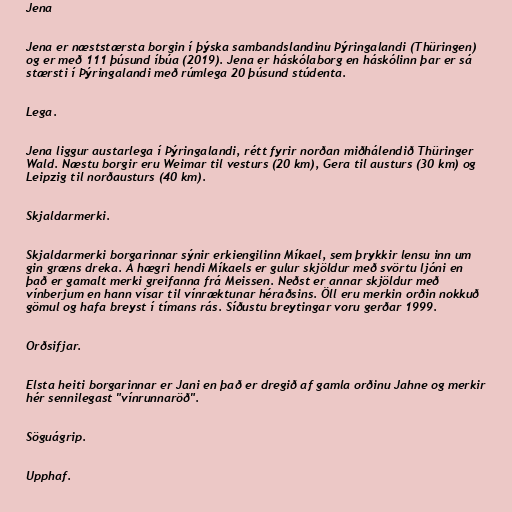
Jena

Jena er næststærsta borgin í þýska sambandslandinu Þýringalandi (Thüringen)
og er með 111 þúsund íbúa (2019). Jena er háskólaborg en háskólinn þar er sá
stærsti í Þýringalandi með rúmlega 20 þúsund stúdenta.

Lega.

Jena liggur austarlega í Þýringalandi, rétt fyrir norðan miðhálendið Thüringer
Wald. Næstu borgir eru Weimar til vesturs (20 km), Gera til austurs (30 km) og
Leipzig til norðausturs (40 km).

Skjaldarmerki.

Skjaldarmerki borgarinnar sýnir erkiengilinn Míkael, sem þrykkir lensu inn um
gin græns dreka. Á hægri hendi Míkaels er gulur skjöldur með svörtu ljóni en
það er gamalt merki greifanna frá Meissen. Neðst er annar skjöldur með
vínberjum en hann vísar til vínræktunar héraðsins. Öll eru merkin orðin nokkuð
gömul og hafa breyst í tímans rás. Síðustu breytingar voru gerðar 1999.

Orðsifjar.

Elsta heiti borgarinnar er Jani en það er dregið af gamla orðinu Jahne og merkir
hér sennilegast "vínrunnaröð".

Söguágrip.

Upphaf.